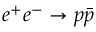
e ^ { + } e ^ { - } \to p \bar { p }